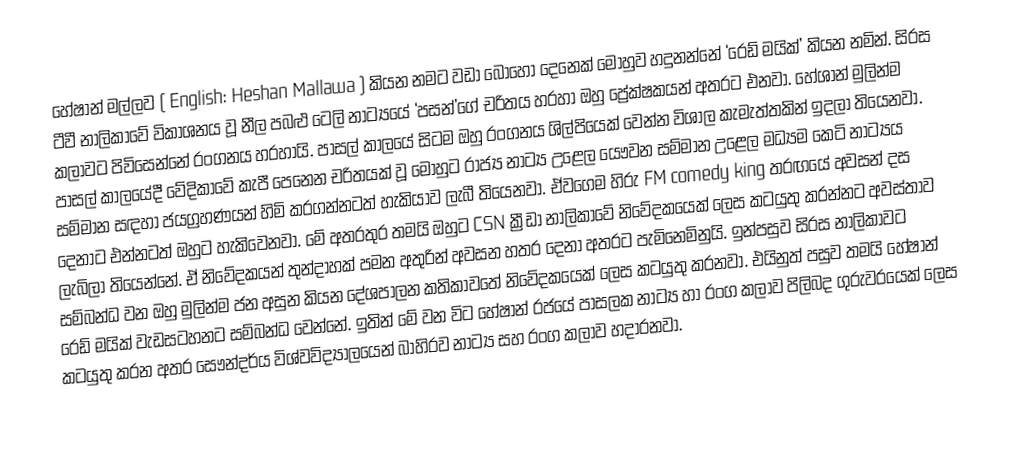
හේෂාන් මල්ලව ( English: Heshan Mallawa ) කියන නමට වඩා බොහෝ දෙනෙක් මොහුව හදුනන්නේ ​‘රෙඩ් මයික්’ කියන නමින්.  සිරස ටීවී නාලිකාවේ විකාශනය වූ නීල පබළු ටෙලි නාට්‍යයේ ‘පසන්’ගේ චරිතය හරහා ඔහු ප්‍රේක්ෂකයන් අතරට එනවා. හේශාන් මුලින්ම කලාවට පිවිසෙන්නේ රංගනය හරහායි. පාසල් කාලයේ සිටම ඔහු රංගනය ශිල්පියෙක් වෙන්න විශාල කැමැත්තකින් ඉදලා තියෙනවා. පාසල් කාලයේදී වේදිකාවේ කැපී පෙනෙන චරිතයක් වූ මොහුට රාජ්‍ය නාට්‍ය උළෙල යෞවන සම්මාන උළෙල මධ්‍යම කෙටි නාට්‍යය සම්මාන සඳහා ජයග්‍රහණයන් හිමි කරගන්නටත් හැකියාව ලැබී තියෙනවා. ඒවගෙම හිරු FM comedy king තරඟයේ අවසන් දස දෙනාට එන්නටත් ඔහුට හැකිවෙනවා. මේ අතරතුර තමයි ඔහුට CSN ක්‍රීඩා නාලිකාවේ නිවේදකයෙක් ලෙස කටයුතු කරන්නට අවස්තාව ලැබිලා තියෙන්නේ. ඒ නිවේදකයන් තුන්දාහක් පමන අතුරින් අවසන හතර දෙනා අතරට පැමිනෙමිනුයි. ඉන්පසුව සිරස නාලිකාවට සම්බන්ධ වන ඔහු මුලින්ම ජන අසුන කියන දේශපාලන කතිකාවතේ නිවේදකයෙක් ලෙස කටයුතු කරනවා. එයිනුත් පසුව තමයි හේෂාන් රෙඩ් මයික් වැඩසටහනට සම්බන්ධ වෙන්නේ. ඉතින් මේ වන විට හේෂාන් රජයේ පාසලක නාට්‍ය හා රංග කලාව පිලිබද ගුරුවරයෙක් ලෙස කටයුතු කරන අතර සෞන්දර්ය විශ්වවිද්‍යාලයෙන් බාහිරව නාට්‍ය සහ රංග කලාව හදාරනවා.